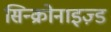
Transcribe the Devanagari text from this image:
सिन्क्रोनाइज़्ड